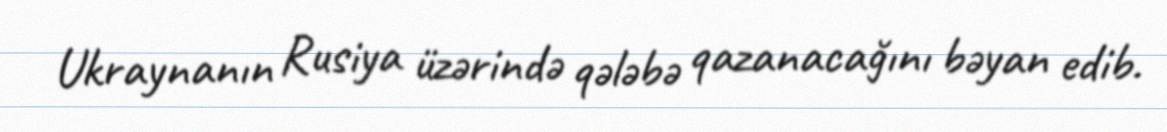
Ukraynanın Rusiya üzərində qələbə qazanacağını bəyan edib.